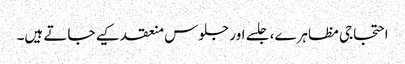
احتجاجی مظاہرے، جلسے اور جلوس منعقد کیے جاتے ہیں۔